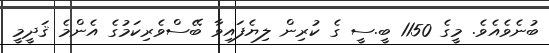
ބުނެވެއެވެ. މީގެ 1150 ބީ.ސީ ގެ ކުރިން ލިޔެފައިވާ ބޭސްވެރިކަމުގެ އެންމެ ޤަދީމީ